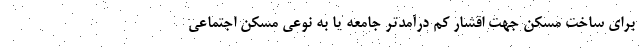
برای ساخت مسکن جهت اقشار کم درآمدتر جامعه یا به نوعی مسکن اجتماعی